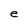
Character: e